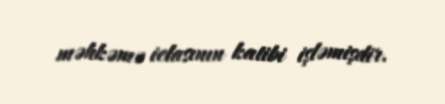
məhkəmə iclasının katibi işləmişdir.